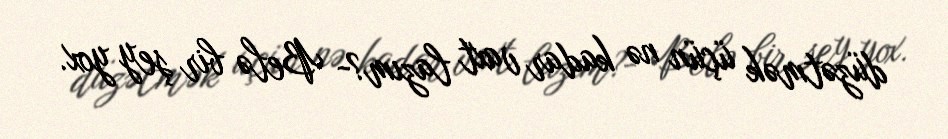
düzətmək üçün nə kadar vaxt lazım?- Belə bir şey yox.